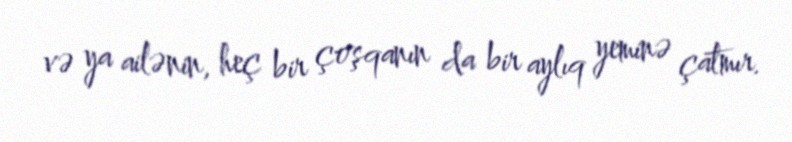
və ya ailənin, heç bir çoşqanın da bir aylıq yeminə çatmır.